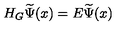
H _ { G } \widetilde { \Psi } ( x ) = E \widetilde { \Psi } ( x )